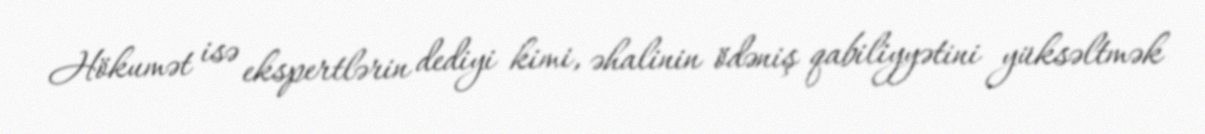
Hökumət isə ekspertlərin dediyi kimi, əhalinin ödəniş qabiliyyətini yüksəltmək